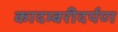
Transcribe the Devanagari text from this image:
कादम्बरीदर्पण